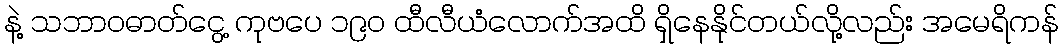
နဲ့ သဘာဝဓာတ်ငွေ့ ကုဗပေ ၁၉၀ ထီလီယံလောက်အထိ ရှိနေနိုင်တယ်လို့လည်း အမေရိကန်